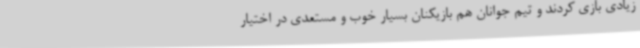
زیادی بازی کردند و تیم جوانان هم بازیکنان بسیار خوب و مستعدی در اختیار